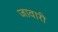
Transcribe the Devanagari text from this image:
जावारी